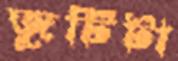
জুটিটা